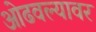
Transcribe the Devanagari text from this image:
ओढवल्यावर